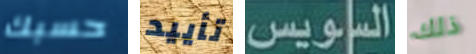
حسبك تأييد السويس ذلك